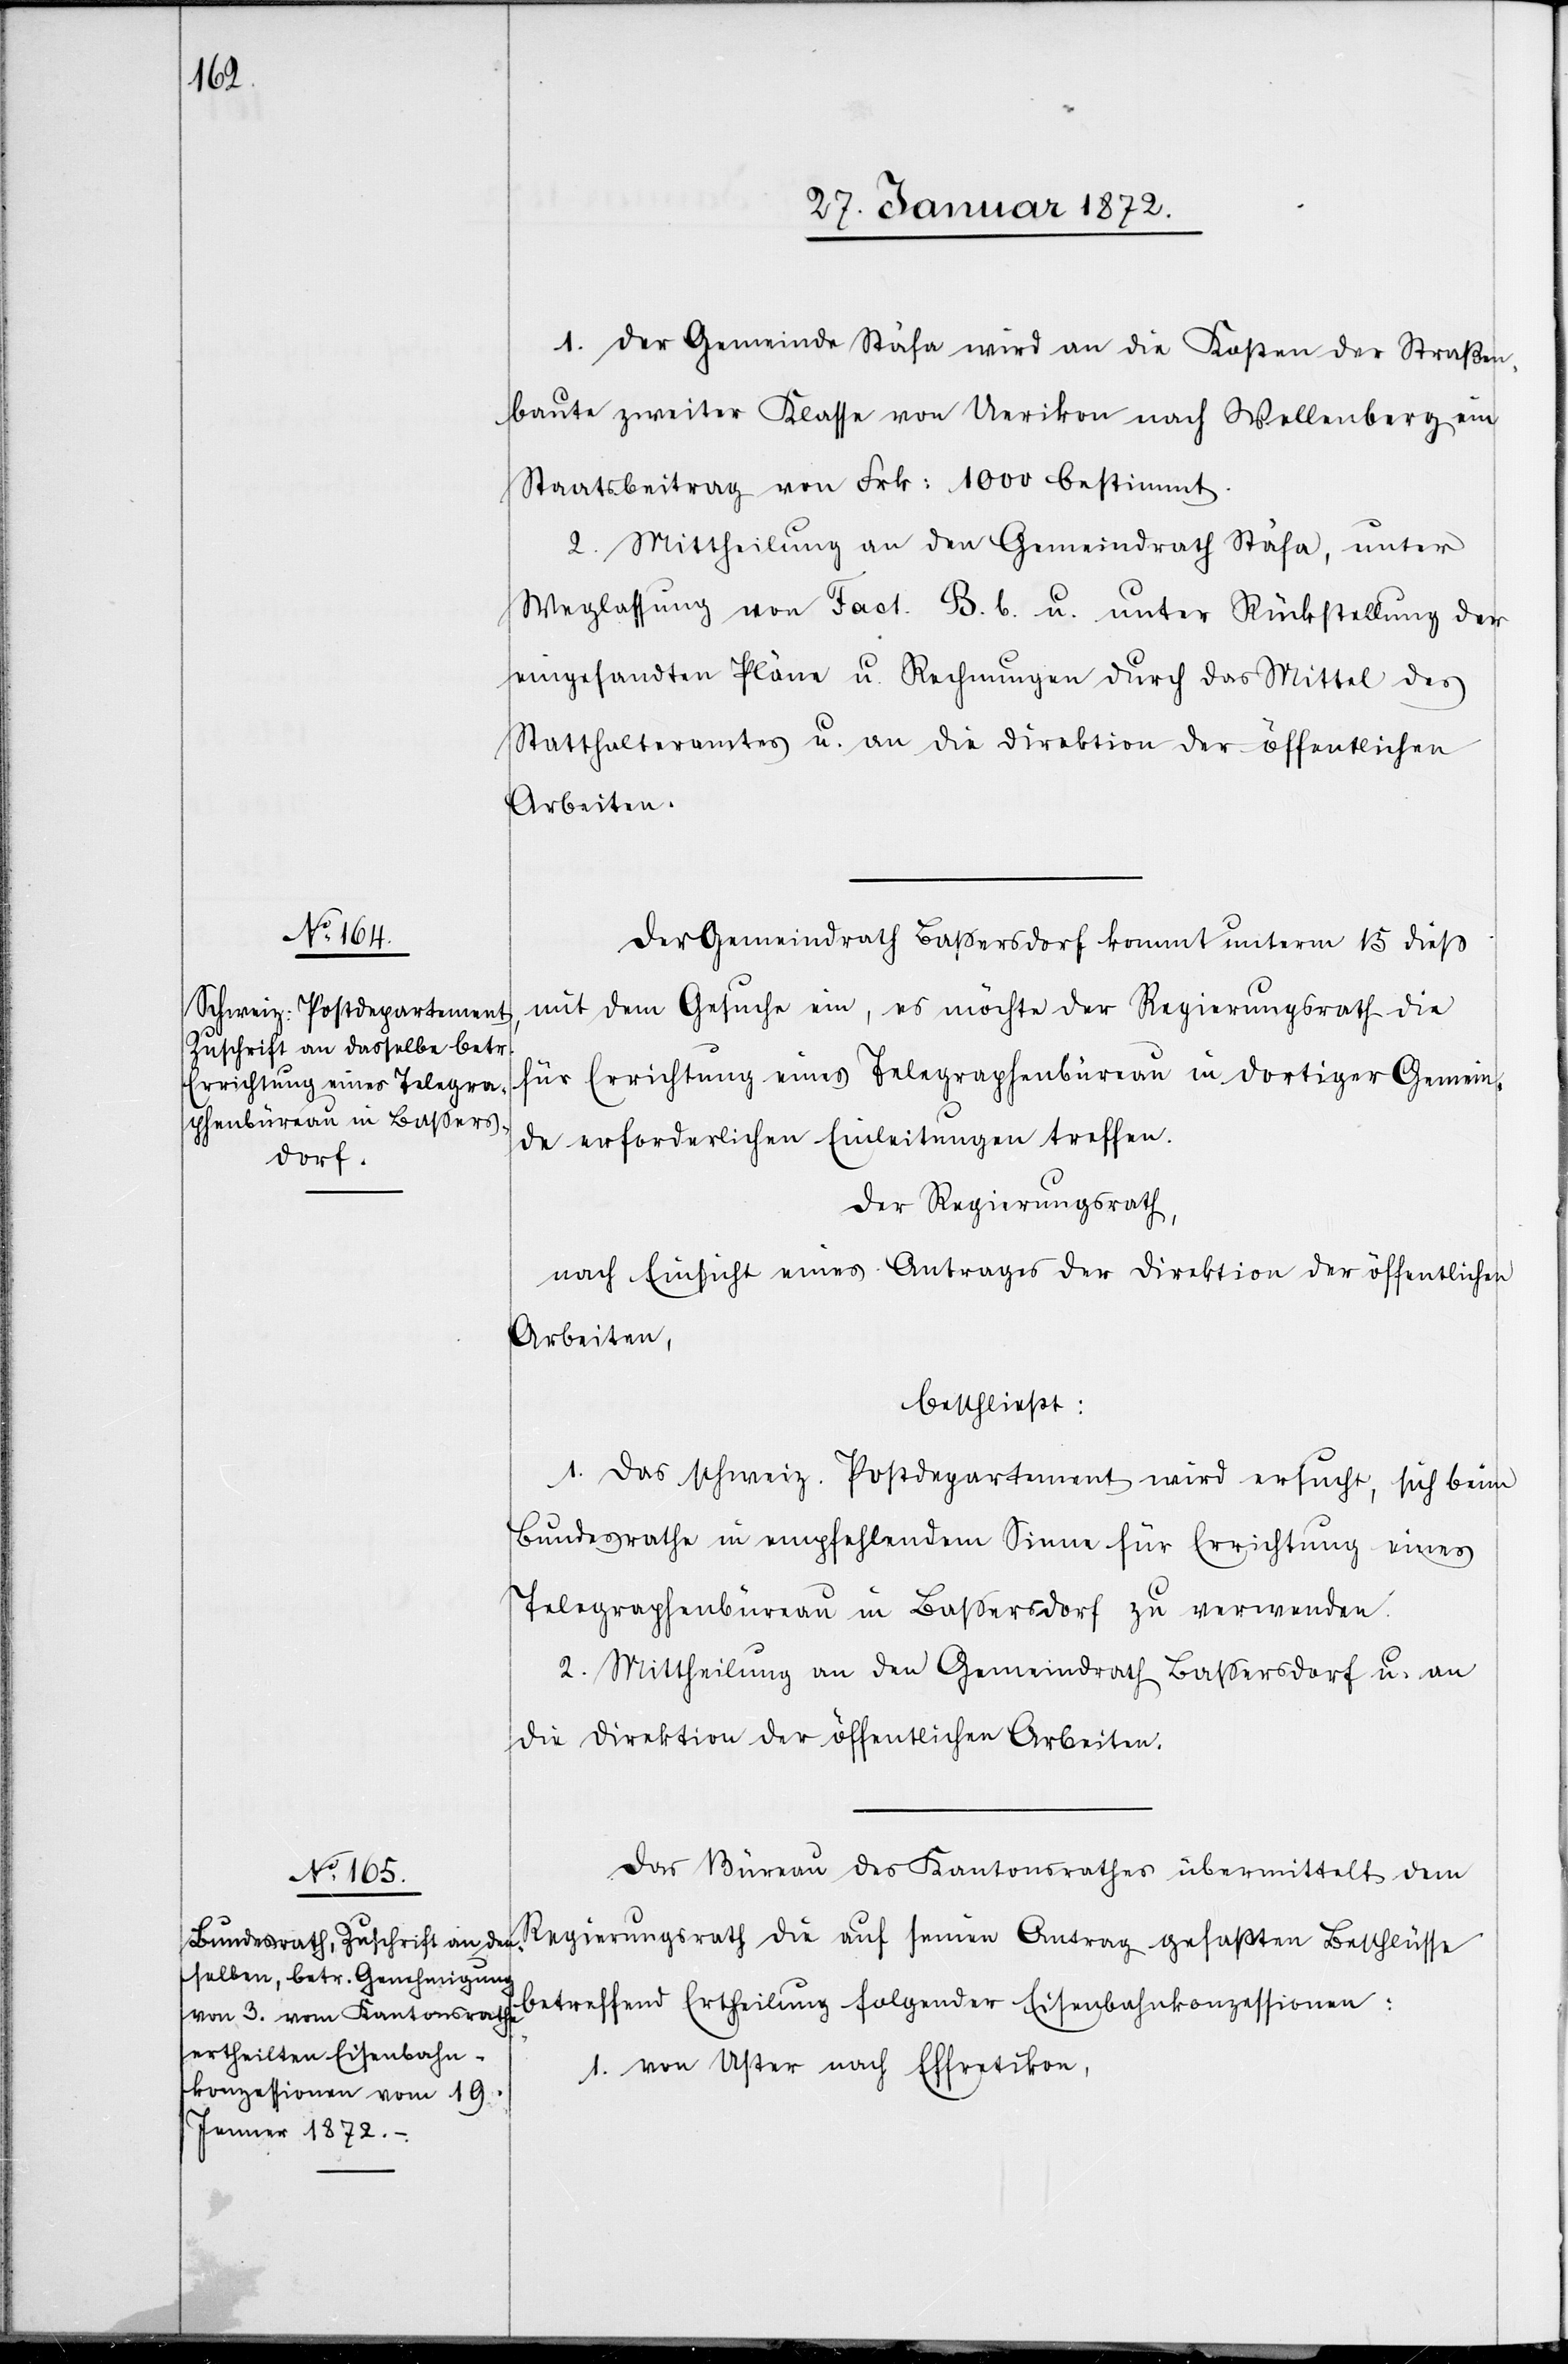
1. Der Gemeinde Stäfa wird an die Kosten der Straßen¬
baute zweiter Klasse von Uerikon nach Wellenberg ein
Staatsbeitrag von Frk: 1000 bestimmt.
2. Mittheilung an den Gemeindrath Stäfa, unter
Weglassung von Fact. B. b. u. unter Rückstellung der
eingesandten Pläne u. Rechnungen durch das Mittel des
Statthalteramtes u. an die Direktion der öffentlichen
Arbeiten.
Der Gemeindrath Bassersdorf kommt unterm 15 dieß
mit dem Gesuche ein, es möchte der Regierungsrath die
für Errichtung eines Telegraphenbüreau in dortiger Gemein¬
de erforderlichen Einleitungen treffen.
Der Regierungsrath,
nach Einsicht eines Antrages der Direktion der öffentlichen
Arbeiten,
beschließt:
1. Das schweiz. Postdepartement wird ersucht, sich beim
Bundesrathe in empfehlendem Sinne für Errichtung eines
Telegraphenbüreau in Bassersdorf zu verwenden.
2. Mittheilung an den Gemeindrath Bassersdorf u. an
die Direktion der öffentlichen Arbeiten.
Das Büreau des Kantonsrathes übermittelt dem
Regierungsrath die auf seinen Antrag gefaßten Beschlüsse
betreffend Ertheilung folgender Eisenbahnkonzessionen:
von Uster nach Effretikon,